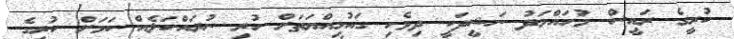
ކުރީގެ ރައީސް މުހައްމަދު ނަޝީދަކީ ދިވެހި ގައުމިއްޔަތަށް ހުރި ނުރައްކަލެއް ކަމަށް ކުރީގެ